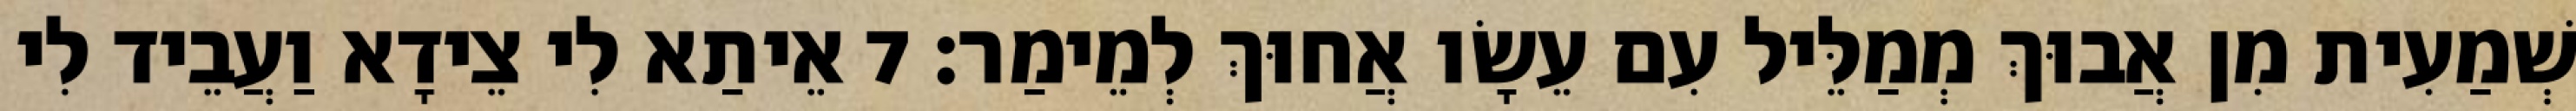
שְׁמַעִית מִן אֲבוּךְ מְמַלֵּיל עִם עֵשָׂו אֲחוּךְ לְמֵימַר׃ 7 אֵיתַא לִי צֵידָא וַעֲבֵיד לִי